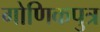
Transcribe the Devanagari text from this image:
गोणिकपुत्र